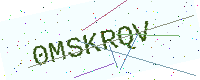
Text: 0MSKRQV